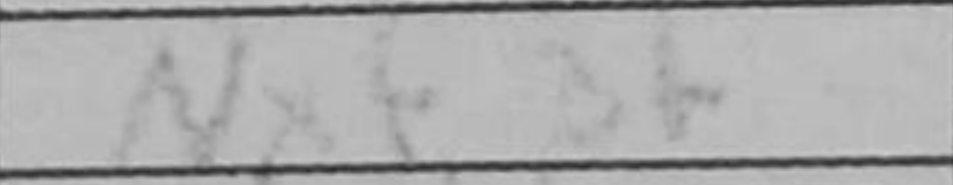
Transcription: Nxf3+